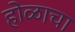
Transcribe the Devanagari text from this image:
होळाचा